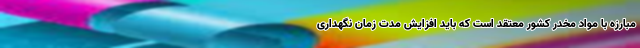
مبارزه با مواد مخدر کشور معتقد است که باید افزایش مدت زمان نگهداری